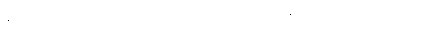
လေကြောင်းရန်ကို အမြဲတစေ သတိထားပြီး စာသင်ကြရတာပါ။